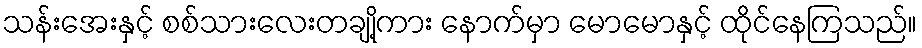
သန်းအေးနှင့် စစ်သားလေးတချို့ကား နောက်မှာ မောမောနှင့် ထိုင်နေကြသည်။